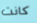
كانت